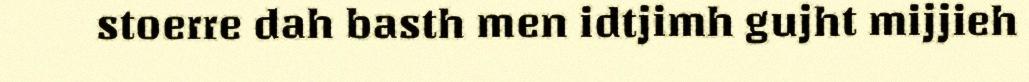
stoerre dah basth men idtjimh gujht mijjieh